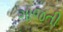
ગાજતી